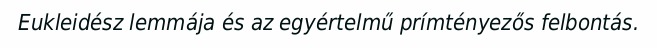
Eukleidész lemmája és az egyértelmű prímtényezős felbontás.